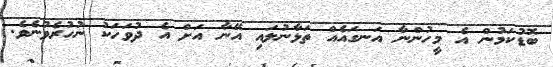
ބޮޑުކަމުން އެ މީހުންނާ އަނގައެއް ތަޅާނުލައި އޭނާ އަށް އެ ދުވަހަކު ނުހުރެވުނެވެ.